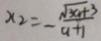
x _ { 2 } = - \frac { \sqrt { 3 a + 3 } } { a + 1 }